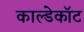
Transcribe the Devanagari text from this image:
काल्डेकॉट